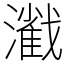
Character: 𤁢